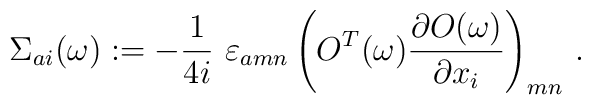
\Sigma_{ai}(\omega):= - \frac{1}{4 i}\ \varepsilon_{amn}\left(O^T(\omega)\frac{\partial O(\omega)}{\partial x_i}\right)_{mn}\,.